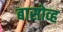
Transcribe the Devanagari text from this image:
बासोव्ह